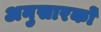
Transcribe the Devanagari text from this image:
अनुसारकों